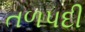
તળપદી